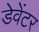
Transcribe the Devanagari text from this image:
डेवेंटर